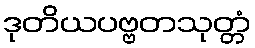
ဒုတိယပဗ္ဗတသုတ္တံ